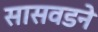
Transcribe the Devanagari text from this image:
सासवडने